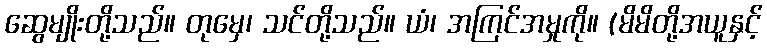
ဆွေမျိုးတို့သည်။ တုမှေ၊ သင်တို့သည်။ ယံ၊ အကြင်အမှုကို။ (မိမိတို့အယူနှင့်